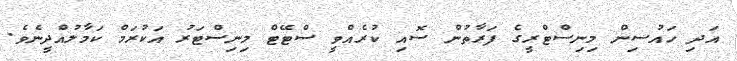
އަދި ހައުސިން މިނިސްޓްރީގެ ފަރާތުން ސޮއި ކުރެއްވީ ސްޓޭޓް މިނިސްޓަރު އަކުރަމް ކަމާލުއްދީނެވެ.